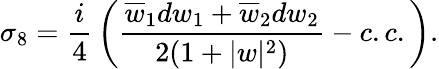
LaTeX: \sigma_{8}={\frac{i}{4}}\left({\frac{\overline{{{w}}}_{1}dw_{1}+\overline{{{w}}}_{2}dw_{2}}{2(1+|w|^{2})}}-c.c.\right).